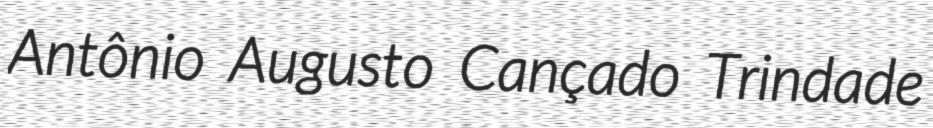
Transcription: Antônio Augusto Cançado Trindade